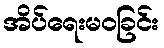
အိပ်ရေးမဝခြင်း